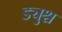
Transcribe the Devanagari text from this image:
ड्युश्च